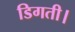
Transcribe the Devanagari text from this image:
डिगती।